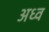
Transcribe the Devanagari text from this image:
अध्व